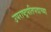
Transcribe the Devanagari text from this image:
उपराष्ट्रपतिपदाच्या